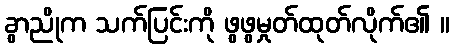
ခွာညိုက သက်ပြင်းကို ဖွဖွမှုတ်ထုတ်လိုက်၏ ။